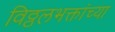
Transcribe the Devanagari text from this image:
विठ्ठलभक्तांच्या